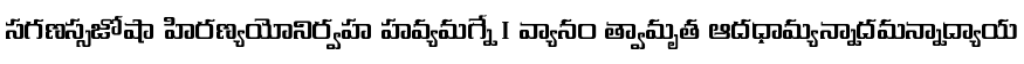
సగణస్సజోషా హిరణ్యయోనిర్వహ హవ్యమగ్నే । వ్యానం త్వామృత ఆదధామ్యన్నాదమన్నాద్యాయ